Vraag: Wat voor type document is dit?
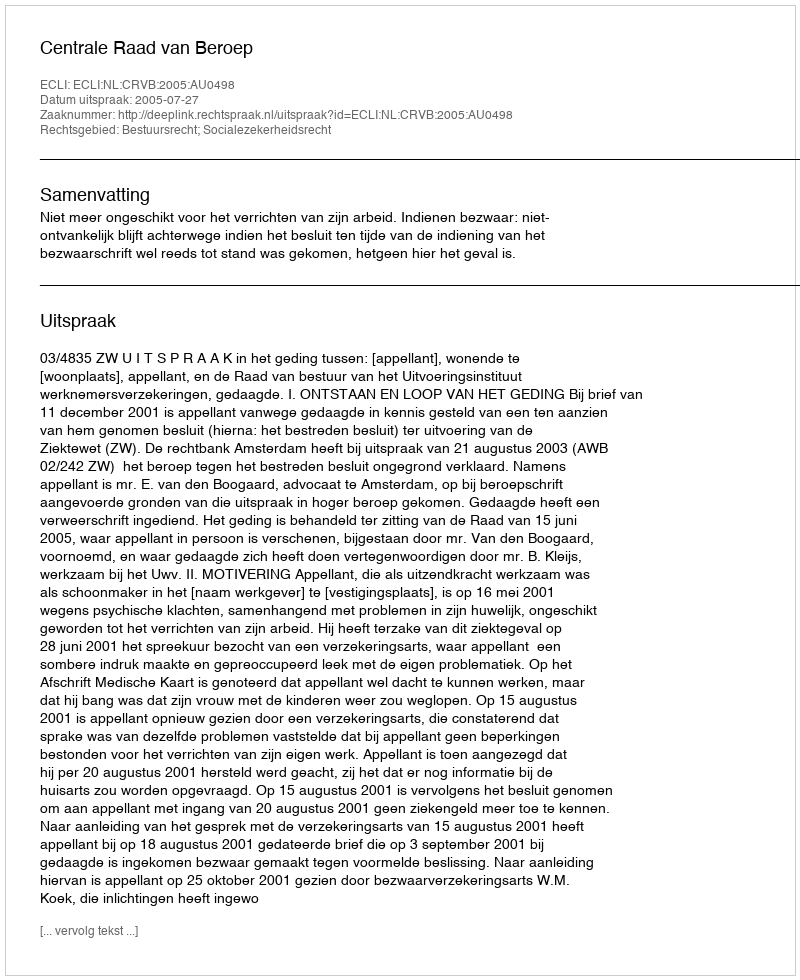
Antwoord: Uitspraak